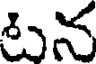
టన